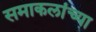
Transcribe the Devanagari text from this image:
समाकलांच्या